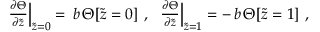
\begin{array} { r } { \frac { \partial { \Theta } } { \partial \widetilde { z } } \Big \vert _ { \widetilde { z } = 0 } = \, b \, \Theta [ \widetilde { z } = 0 ] \ , \ \ \frac { \partial { \Theta } } { \partial \widetilde { z } } \Big \vert _ { \widetilde { z } = 1 } = - \, b \, \Theta [ \widetilde { z } = 1 ] \ , \ } \end{array}